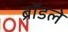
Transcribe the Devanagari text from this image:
ब्रॉडले